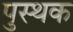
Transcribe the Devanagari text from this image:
पुस्थक